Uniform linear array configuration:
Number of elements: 12
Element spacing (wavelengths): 0.25
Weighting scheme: blackman
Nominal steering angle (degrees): -45
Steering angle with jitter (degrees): -45.121
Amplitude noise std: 0.05
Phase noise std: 0.05

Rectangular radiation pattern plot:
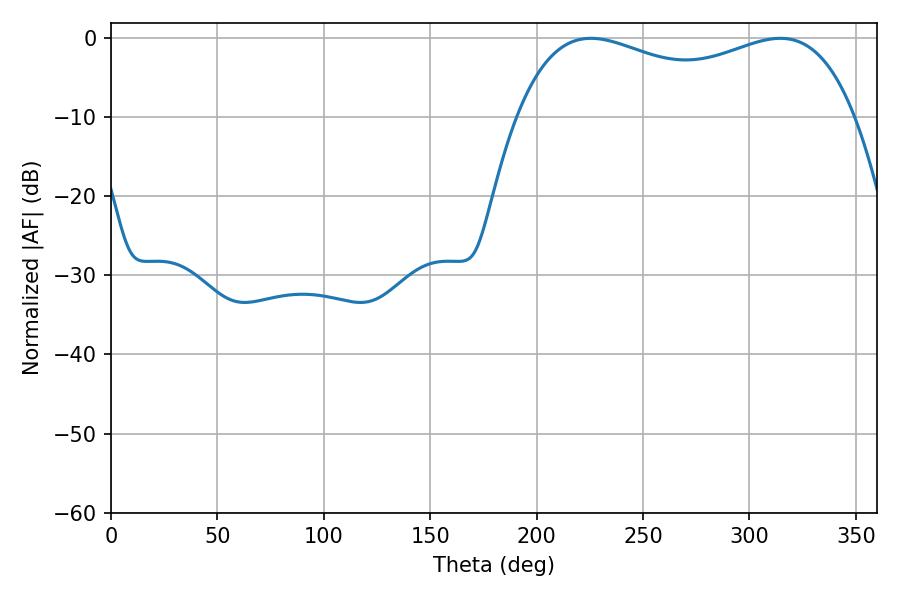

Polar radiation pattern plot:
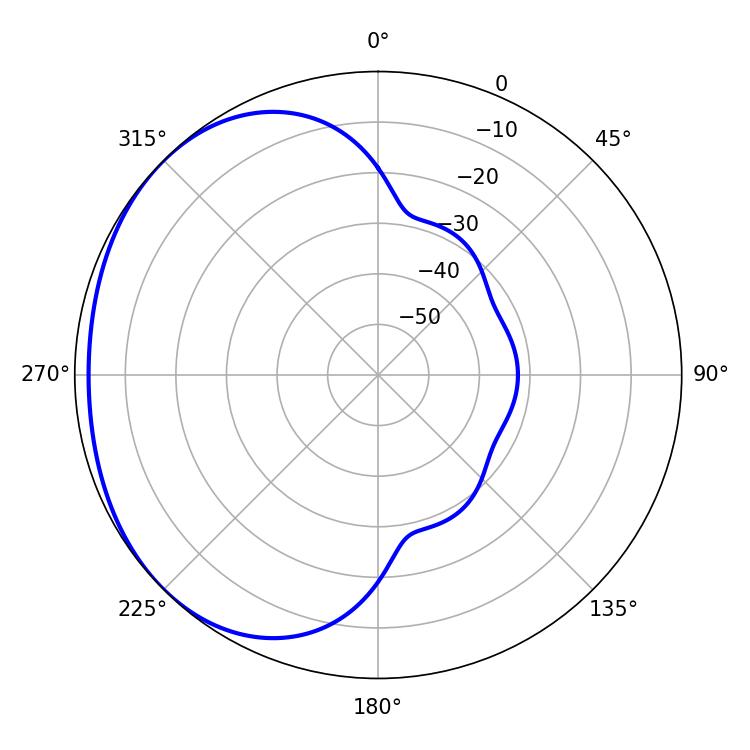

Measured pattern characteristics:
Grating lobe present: FALSE
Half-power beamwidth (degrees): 131.04
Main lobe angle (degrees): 225.54